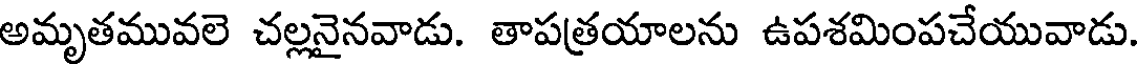
అమృతమువలె చల్లనైనవాడు. తాపత్రయాలను ఉపశమింపచేయువాడు.